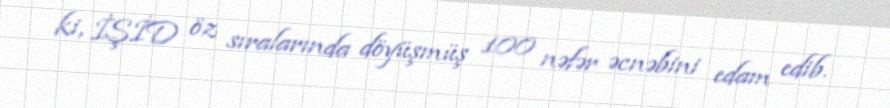
ki, İŞİD öz sıralarında döyüşmüş 100 nəfər əcnəbini edam edib.